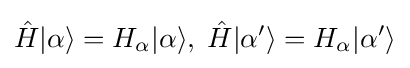
{\hat {H}}|\alpha \rangle =H_{\alpha }|\alpha \rangle ,\;{\hat {H}}|\alpha '\rangle =H_{\alpha }|\alpha '\rangle